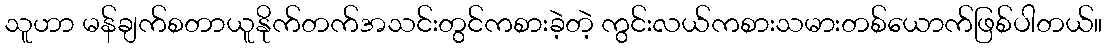
သူဟာ မန်ချက်စတာယူနိုက်တက်အသင်းတွင်ကစားခဲ့တဲ့ ကွင်းလယ်ကစားသမားတစ်ယောက်ဖြစ်ပါတယ်။